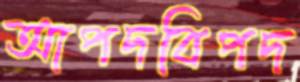
আপদবিপদ